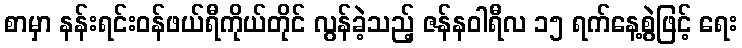
စာမှာ နန်းရင်းဝန်ဖယ်ရီကိုယ်တိုင် လွန်ခဲ့သည့် ဇန်နဝါရီလ ၁၅ ရက်နေ့စွဲဖြင့် ရေး